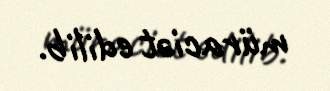
müraciət edilib.